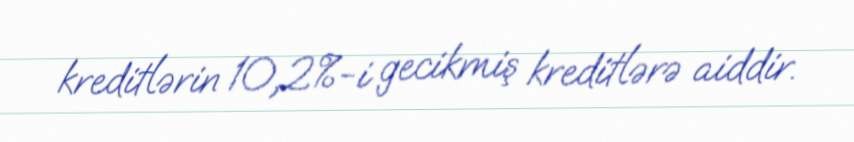
kreditlərin 10,2%-i gecikmiş kreditlərə aiddir.